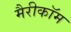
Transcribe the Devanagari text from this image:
मैरीकॉम